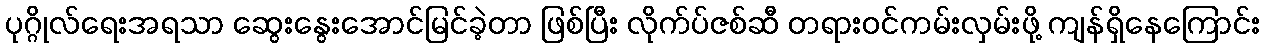
ပုဂ္ဂိုလ်ရေးအရသာ ဆွေးနွေးအောင်မြင်ခဲ့တာ ဖြစ်ပြီး လိုက်ပ်ဇစ်ဆီ တရားဝင်ကမ်းလှမ်းဖို့ ကျန်ရှိနေကြောင်း